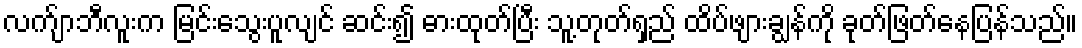
လက်ျာဘီလူးက မြင်းသွေးပူလျင် ဆင်း၍ ဓားထုတ်ပြီး သူ့တုတ်ရှည် ထိပ်ဖျားချွန်ကို ခုတ်ဖြတ်နေပြန်သည်။